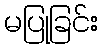
မပြုခြင်း